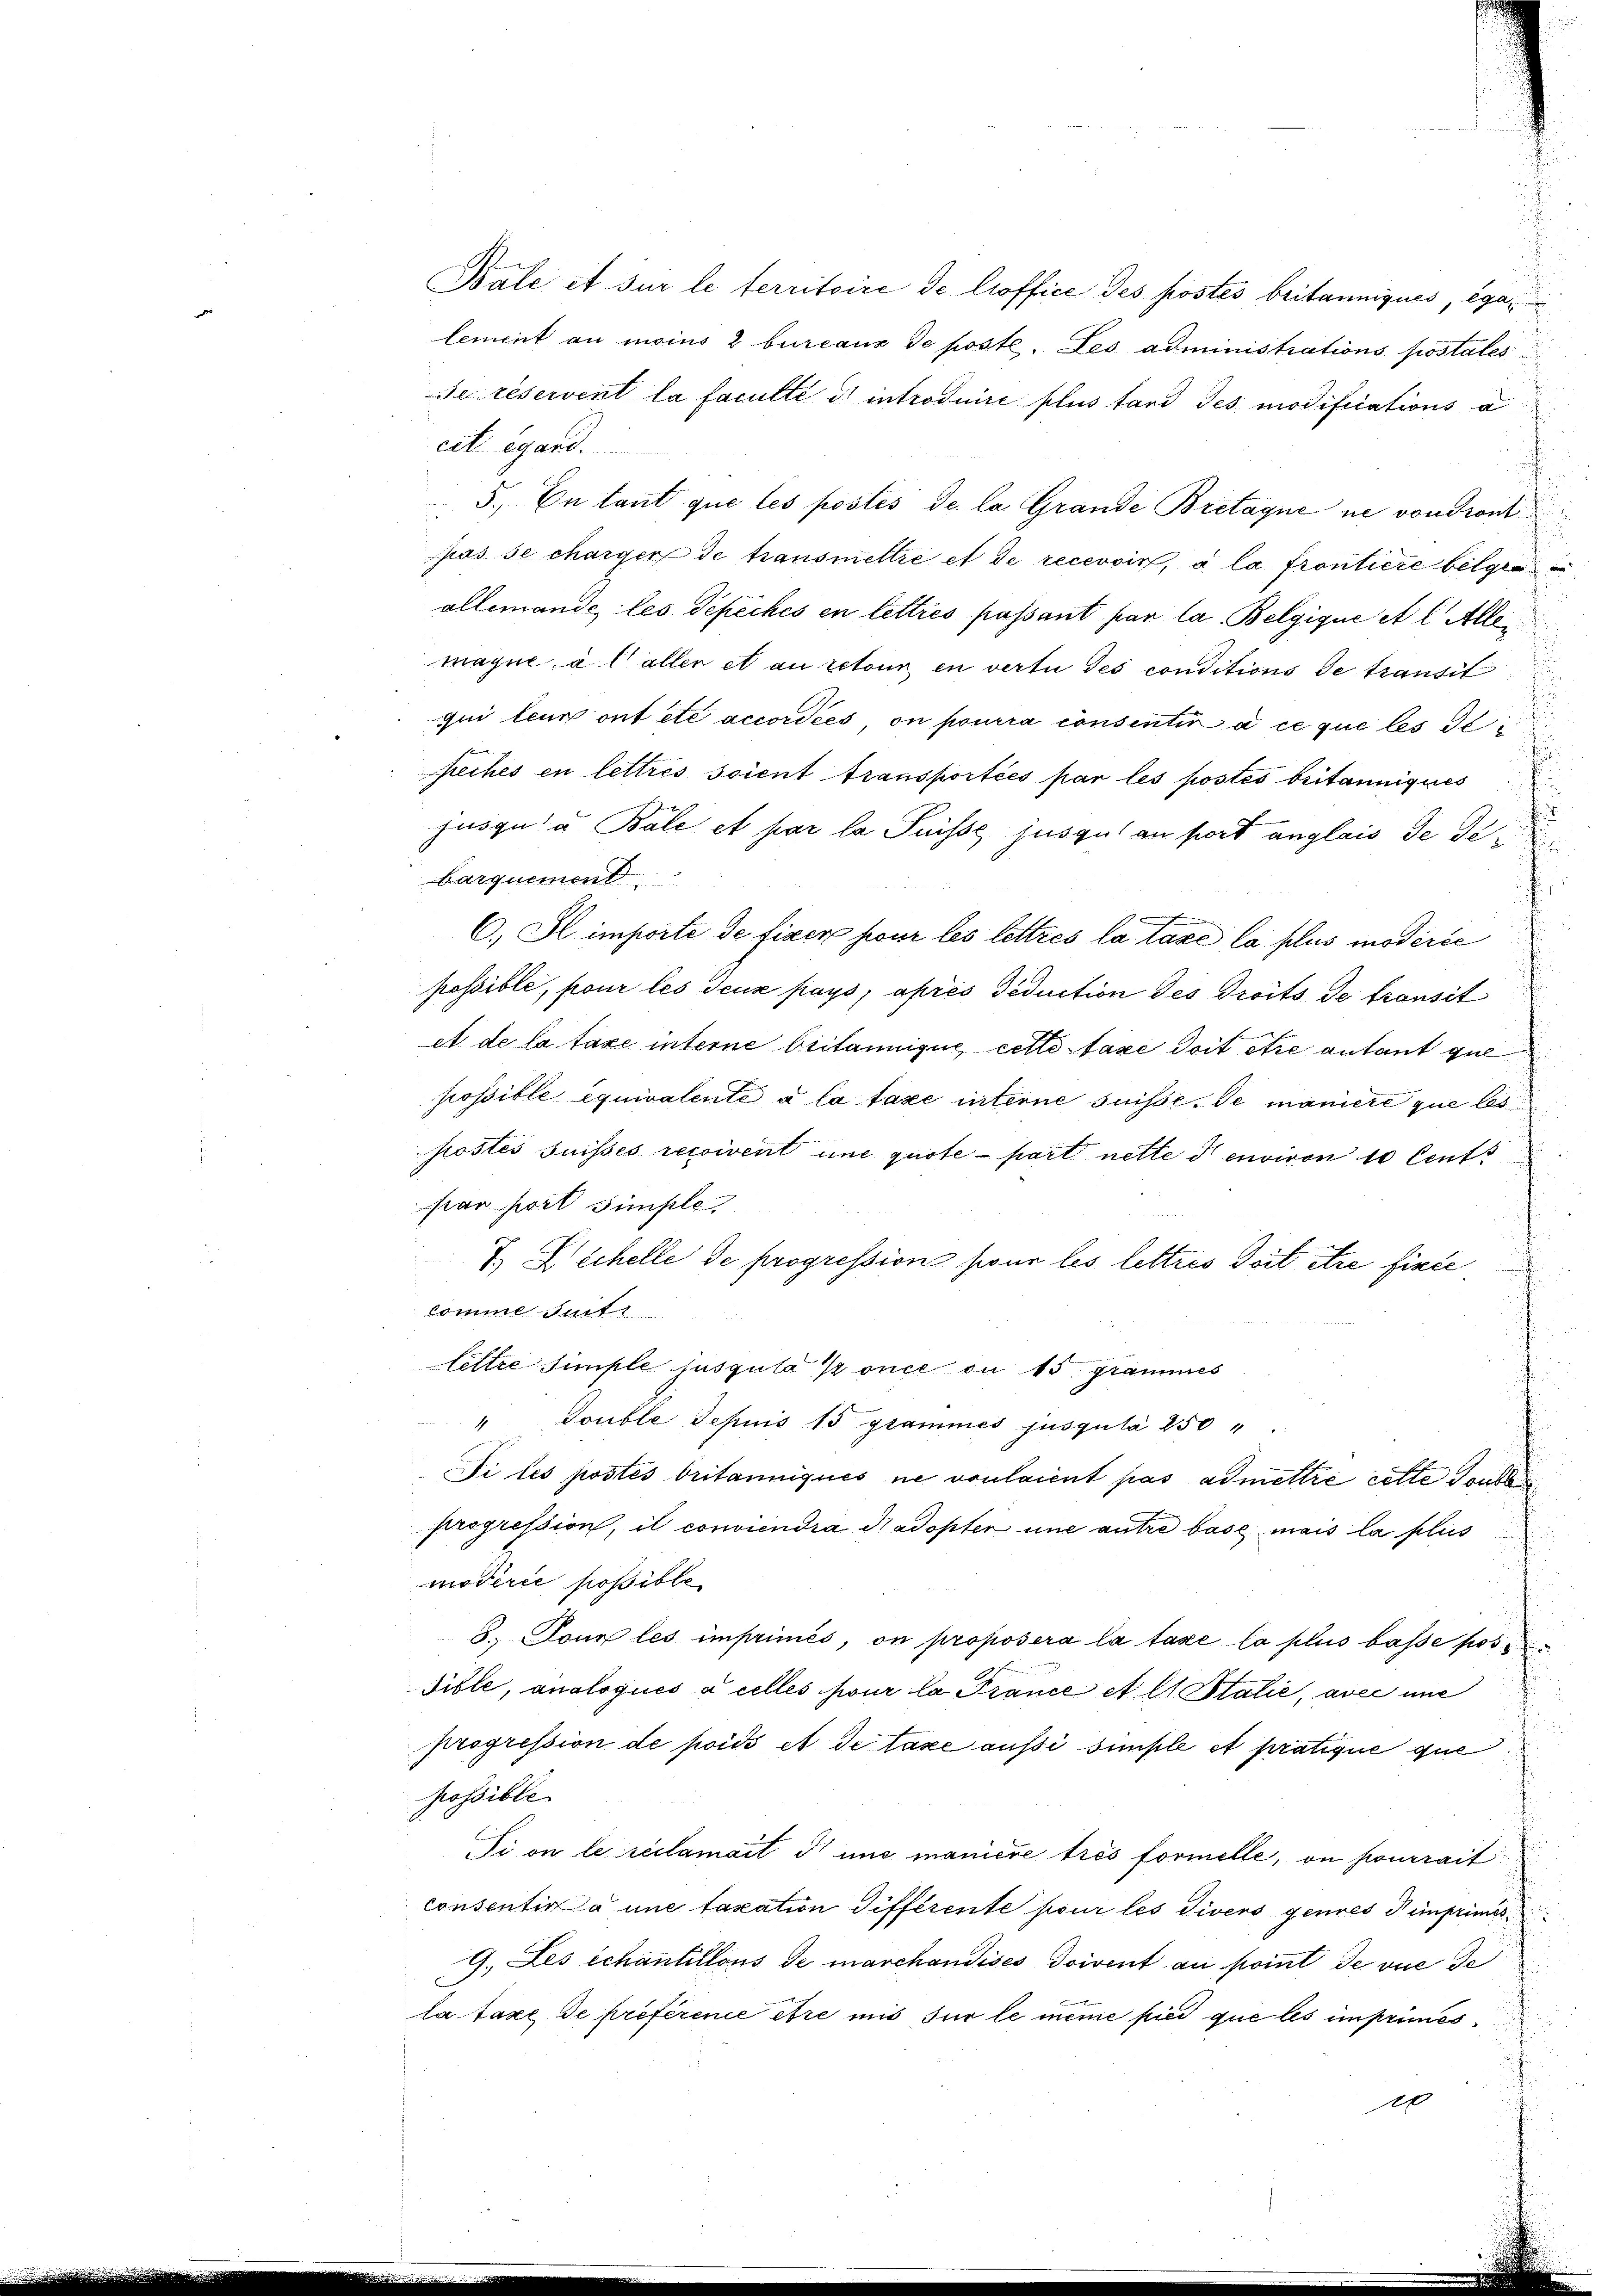
lement au moins 2 bureaux de poste. Des administrations postates
Se réservent la faculté et introduire plus tard des modifications a
cet égard.
5., En laut que les postés de la Grande Bretagne ne von dront
pas se charger de transmettre et de recevoir, à la frontiere belgese
allemande, les Depiches in lettres passant par la Belgique et l. Alle
mayne, à l aller et au retour in vertu des conditions de transit
s
qui leur ont etc accordées on pourra consentir à ce que les de
piches en lettres soient transportées par les postes britanniques
.
jusqu’à Bále et par la Suisse jusgut an fort anglais de de
barquement
.
C. Il importe de fixer pour les lettres la taxe la plus modirić
possible, pour les deux pays, après deduction des droits de transit
et de la taxe interne britannique, cette taxe doit être autant que
possible equivalente à la taxe interne suisse de maniere que les
u
postés suisses reconvent une quote-part nette ds envivon 10 Cent
star hiert simple,
7.) Wichelle de progression hieur les lettres doit être fixie
comme inte
lettre simple jusgula /once ou 15 grammes
"Touble depuis 15 grammes jusgula 250
Si les postes britanniques ne voulaient pas admettre cette Touten
progression, il conviendra di adopter une antre base mais la plus
modérée possible
8. Tour les imprimés, on proposera la taxe la plus basse pos
Tible, analoqués à celles pour la France et et Stalie, avec mie
progression de poids et de taxe aussi simple et pratique que
possible
Ti on le réclamait d’une manière trés formelle, on pourrait
consentir à une taxation différente pour les Divers genres imprimis
9. Les échantillons de marchandises doivent au point de vue de
la taxe de préférence être mit für le meine pied que les imprimes¬
120

Bale et sur le territoire de lioffice des pöstes britanniques, ega¬